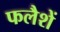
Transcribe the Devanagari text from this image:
फलैशें